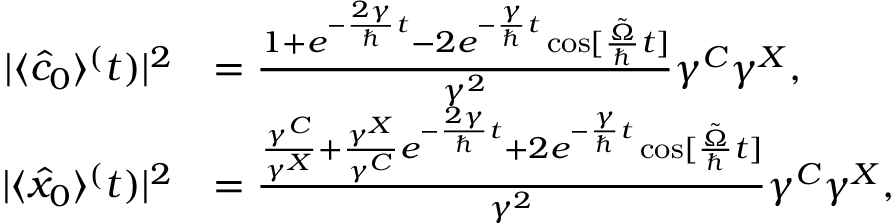
\begin{array} { r l } { | \langle \hat { c } _ { 0 } \rangle ^ ( t ) | ^ { 2 } } & { = \frac { 1 + e ^ { - \frac { 2 \gamma } { \hbar } t } - 2 e ^ { - \frac { \gamma } { \hbar } t } \cos [ \frac { \tilde { \Omega } } { \hbar } t ] } { \gamma ^ { 2 } } \gamma ^ { C } \gamma ^ { X } , } \\ { | \langle \hat { x } _ { 0 } \rangle ^ ( t ) | ^ { 2 } } & { = \frac { \frac { \gamma ^ { C } } { \gamma ^ { X } } + \frac { \gamma ^ { X } } { \gamma ^ { C } } e ^ { - \frac { 2 \gamma } { \hbar } t } + 2 e ^ { - \frac { \gamma } { \hbar } t } \cos [ \frac { \tilde { \Omega } } { \hbar } t ] } { \gamma ^ { 2 } } \gamma ^ { C } \gamma ^ { X } , } \end{array}